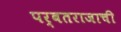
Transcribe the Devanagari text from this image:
पर्वतराजाची